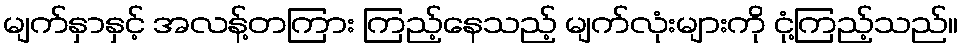
မျက်နှာနှင့် အလန့်တကြား ကြည့်နေသည့် မျက်လုံးများကို ငုံ့ကြည့်သည်။